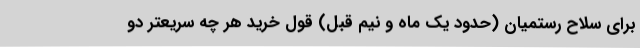
برای سلاح رستمیان (حدود یک ماه و نیم قبل) قول خرید هر چه سریعتر دو